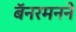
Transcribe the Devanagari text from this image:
बॅनरमनने